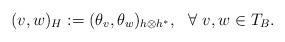
LaTeX: \begin{align*}(v, w)_H:= (\theta_v,\theta_w)_{h\otimes h^*}, \ \ \forall \ v,w\in T_B.\end{align*}